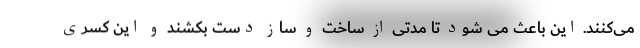
می‌کنند. این باعث می شود تا مدتی از ساخت و ساز دست بکشند و این کسری